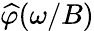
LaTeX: \widehat\varphi(\omega/B)